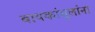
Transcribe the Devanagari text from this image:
बायकांमुलांना